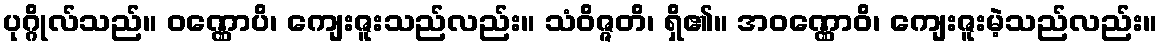
ပုဂ္ဂိုလ်သည်။ ဝဏ္ဏောပိ၊ ကျေးဇူးသည်လည်း။ သံဝိဇ္ဇတိ၊ ရှိ၏။ အဝဏ္ဏောဝိ၊ ကျေးဇူးမဲ့သည်လည်း။